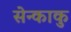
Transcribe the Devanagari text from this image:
सेन्काकु